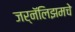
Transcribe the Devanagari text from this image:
जर्नॅलिझमचे